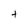
Character: t